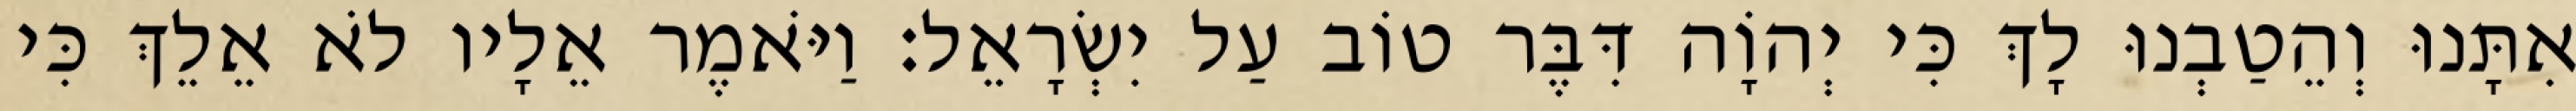
אִתָּנוּ וְהֵטַבְנוּ לָךְ כִּי יְהוָֹה דִּבֶּר טוֹב עַל יִשְׂרָאֵל׃ וַיֹּאמֶר אֵלָיו לֹא אֵלֵךְ כִּי